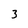
Character: 3